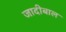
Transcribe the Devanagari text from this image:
जादीबाल